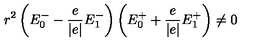
r ^ { 2 } \left( E _ { 0 } ^ { - } - \frac { e } { \left| e \right| } E _ { 1 } ^ { - } \right) \left( E _ { 0 } ^ { + } + \frac { e } { \left| e \right| } E _ { 1 } ^ { + } \right) \neq 0